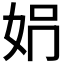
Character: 𡛱